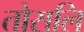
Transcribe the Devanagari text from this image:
तोसलि